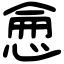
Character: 𢜒